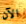
الآن